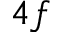
4 f